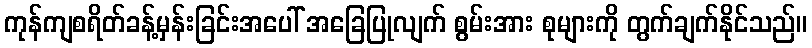
ကုန်ကျစရိတ်ခန့်မှန်းခြင်းအပေါ် အခြေပြုလျက် စွမ်းအား စုများကို တွက်ချက်နိုင်သည်။